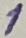
Text: 1